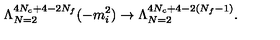
\Lambda _ { N = 2 } ^ { 4 N _ { c } + 4 - 2 N _ { f } } ( - m _ { i } ^ { 2 } ) \rightarrow \Lambda _ { N = 2 } ^ { 4 N _ { c } + 4 - 2 ( N _ { f } - 1 ) } .